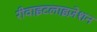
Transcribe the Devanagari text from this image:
रीवाइटलाइज़ेशन